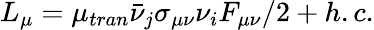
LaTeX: L_{\mu}=\mu_{tran}\bar{\nu}_{j}\sigma_{\mu\nu}\nu_{i}F_{\mu\nu}/2+h.c.